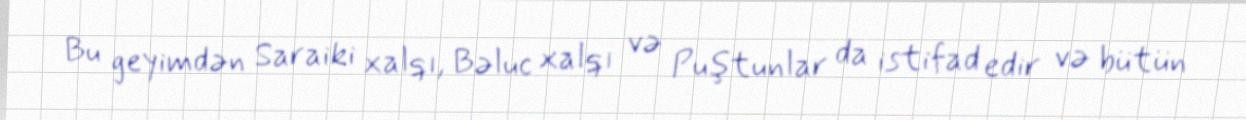
Bu geyimdən Saraiki xalqı, Bəluc xalqı və Puştunlar da istifad edir və bütün